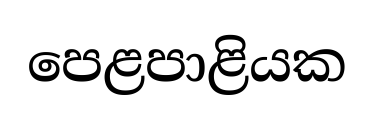
පෙළපාළියක